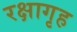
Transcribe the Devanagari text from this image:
रक्षागृह